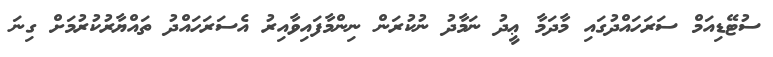
ސުޓޭޑިއަމް ސަރަހައްދުގައި މާދަމާ ޢީދު ނަމާދު ނުކުރަން ނިންމާފައިވާއިރު އެސަރަހައްދު ތައްޔާރުކުރުމަށް ގިނަ